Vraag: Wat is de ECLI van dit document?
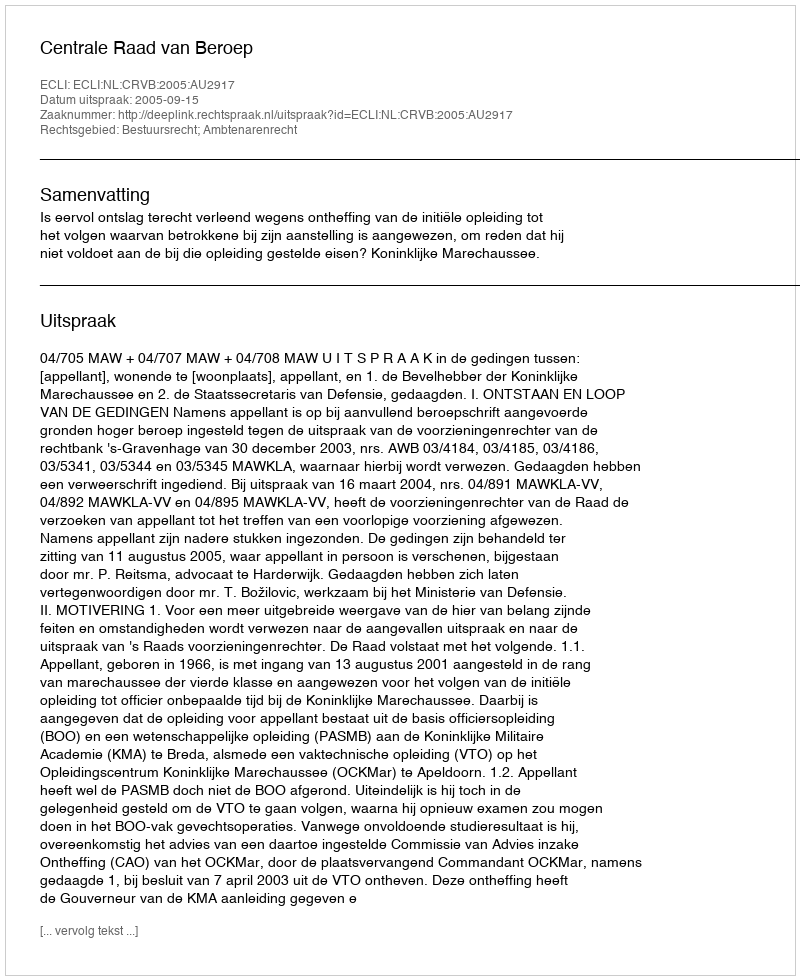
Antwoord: ECLI:NL:CRVB:2005:AU2917